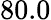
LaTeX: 80.0